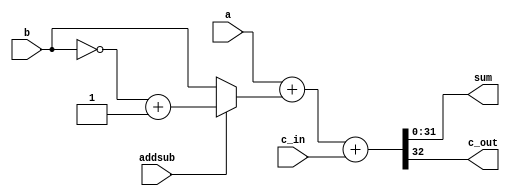
// This program was cloned from: https://github.com/Helazhary/Riscv-Verilog-Pipelined
// License: BSD 3-Clause "New" or "Revised" License

`timescale 1ns / 1ps

module FullAdder #(parameter N=32)(
    input [N-1:0] a, b, 
    input addsub, c_in,
    output [N-1:0]sum,
    output  c_out
);

wire [N-1:0]bcomp;
//1=sub   
assign bcomp= (addsub==0)? b:(~b + 1'b1);

assign {c_out,sum}= a+bcomp+c_in;

endmodule